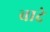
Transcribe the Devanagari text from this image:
बादे